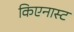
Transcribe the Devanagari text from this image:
किएनास्ट